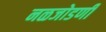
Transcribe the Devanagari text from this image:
नळजोडणी